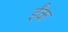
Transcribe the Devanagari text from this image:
ईंक